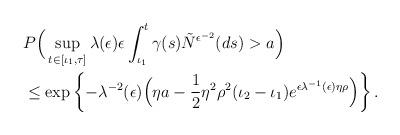
LaTeX: \begin{align*}\begin{aligned} &P\Big(\sup_{t\in[\iota_1,\tau]}\lambda(\epsilon)\epsilon\int^{t}_{\iota_1}\gamma(s)\tilde{N}^{\epsilon^{-2}}(ds)>a\Big)\\ &\leq \exp\left\{-\lambda^{-2}(\epsilon)\Big(\eta a-\frac{1}{2}\eta^2\rho^2(\iota_2-\iota_1)e^{\epsilon\lambda^{-1}(\epsilon)\eta\rho}\Big)\right\}.\end{aligned}\end{align*}